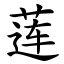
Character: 莲